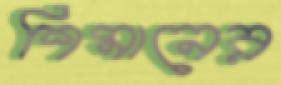
শিমানের